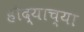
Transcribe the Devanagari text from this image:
हौद्याच्या